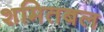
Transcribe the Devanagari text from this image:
शमितबल